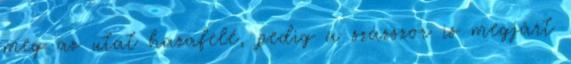
meg az utat haza­fe­lé, pe­­dig a százszor is meg­járt